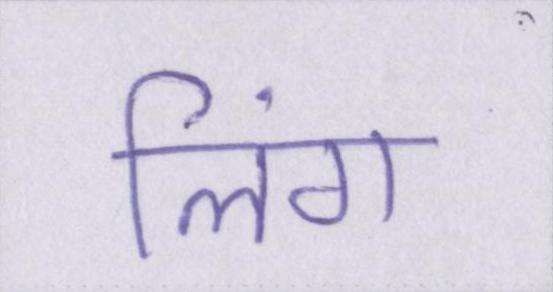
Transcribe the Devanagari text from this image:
लिंग